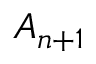
A _ { n + 1 }